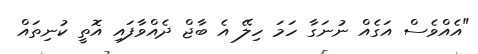
"އެއްވެސް އަގެއް ނުނަގާ ހަމަ ހިލޭ އެ ބާޖް ދެއްވާފައި އޮތީ ކުނިތައް